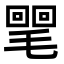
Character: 𣰣